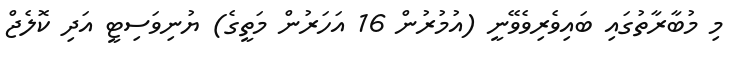
މި މުބާރާތުގައި ބައިވެރިވެވޭނީ (އުމުރުން 16 އަހަރުން މަތީގެ) ޔުނިވަސިޓީ އަދި ކޮލެޖް